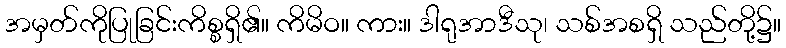
အမှတ်ကိုပြုခြင်းကိစ္စရှိ၏။ ကိမိဝ။ ကား။ ဒါရုအာဒီသု၊ သစ်အစရှိ သည်တို့၌။